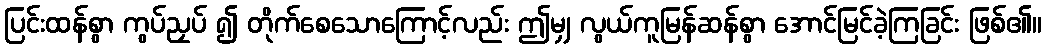
ပြင်းထန်စွာ ကွပ်ညှပ် ၍ တိုက်စေသောကြောင့်လည်း ဤမျှ လွယ်ကူမြန်ဆန်စွာ အောင်မြင်ခဲ့ကြခြင်း ဖြစ်၏။